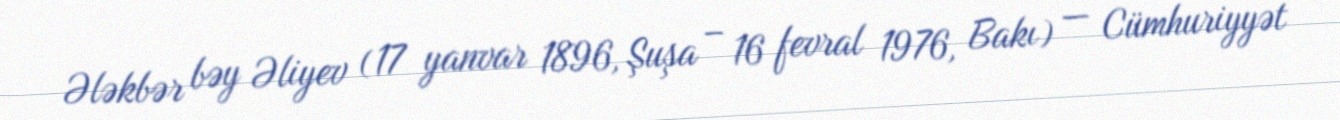
Ələkbər bəy Əliyev (17 yanvar 1896, Şuşa – 16 fevral 1976, Bakı) — Cümhuriyyət